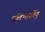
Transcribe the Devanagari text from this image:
प्रतिभारतेंदु